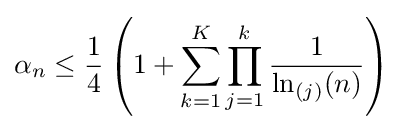
\alpha _{n}\leq {\frac {1}{4}}\left(1+\sum _{k=1}^{K}\prod _{j=1}^{k}{\frac {1}{\ln _{(j)}(n)}}\right)